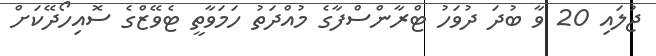
ޖުލައި 20 ވާ ބުދަ ދުވަހު ޓްރާންސްފާގެ މުއްދަތު ހަމަވާތީ ޓެވޭޒްގެ ސޮއިހޯދޭކަށް